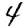
Digit: 4